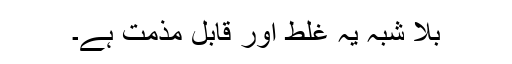
بلا شبہ یہ غلط اور قابل مذمت ہے۔